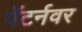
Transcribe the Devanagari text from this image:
पॅटर्नवर